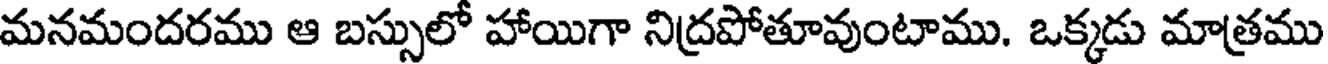
మనమందరము ఆ బస్సులో హాయిగా నిద్రపోతూవుంటాము. ఒక్కడు మాత్రము